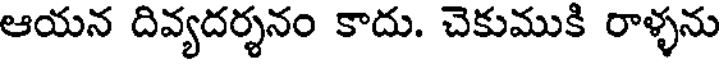
ఆయన దివ్యదర్శనం కాదు. చెకుముకి రాళ్ళను